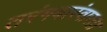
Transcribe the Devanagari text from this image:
तरंगवारंवारता